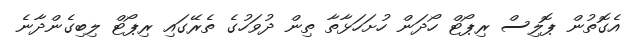
އެގޮތުން ޕޮލިސް ރިޕޯޓް ހޯދަން ހުށަހަޅާތާ ތިން ދުވަހުގެ ތެރޭގައި ރިޕޯޓް ލިބިގެންދާނެ